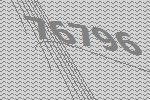
76796